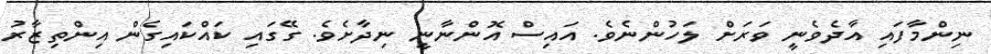
ނިންމާފައި އާދެވެނީ ވަރަށް ލަހުންނެވެ. އައިސް އޮންނާނީ ނިދާށެވެ. ގޭގައި ކައްކައިގެން އިންތިޒާރު